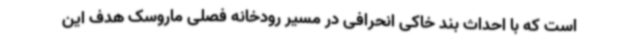
است که با احداث بند خاکی انحرافی در مسیر رودخانه فصلی ماروسک هدف این